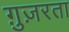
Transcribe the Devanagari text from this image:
ग़ुज़रता